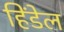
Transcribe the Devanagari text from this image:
हिंडेल